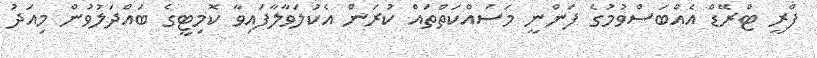
ފްރީ ޓްރޭޑް އެއްބަސްވުމުގެ ފަންނީ މަސައްކަތްތައް ކުރަން އެކުލަވާލާފައިވާ ކޮމިޓީގެ ބައްދަލުވުން މިއަދު